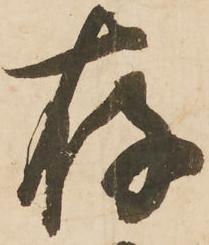
存